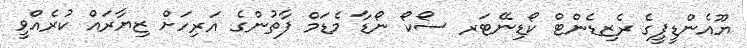
ޔޫއެންޑީޕީގެ ރެޒިޑެންޓް ކޯޑިނޭޓަރ ސޯކޯ ނޯޑާ މެޑަމް ފާތުންގެ އަރިހަށް ޒިޔާރައް ކުރެއްވީ